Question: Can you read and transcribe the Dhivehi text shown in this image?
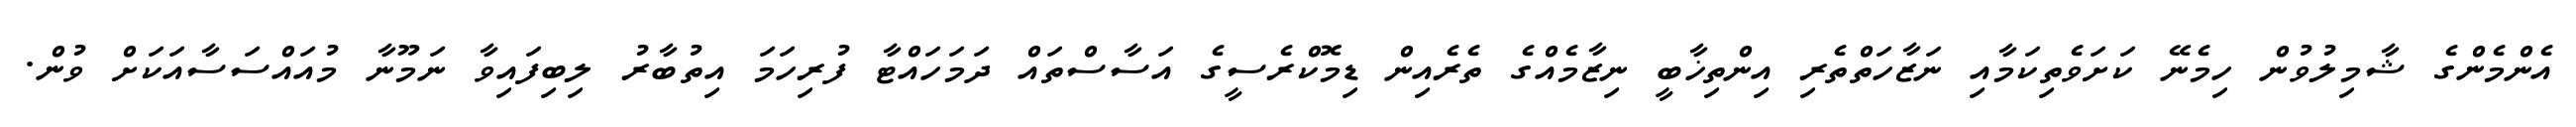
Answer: އެންމެންގެ ޝާމިލުވުން ހިމެނޭ ކަށަވެތިކަމާއި ނަޒާހަތްތެރި އިންތިޚާބީ ނިޒާމެއްގެ ތެރެއިން ޑިމޮކްރެސީގެ އަސާސްތައް ދަމަހައްޓާ ފުރިހަމަ އިތުބާރު ލިބިފައިވާ ނަމޫނާ މުއައްސަސާއަކަށް ވުން.